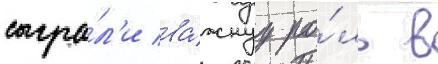
сыгра́л'и ва́жнуу ро́ль в